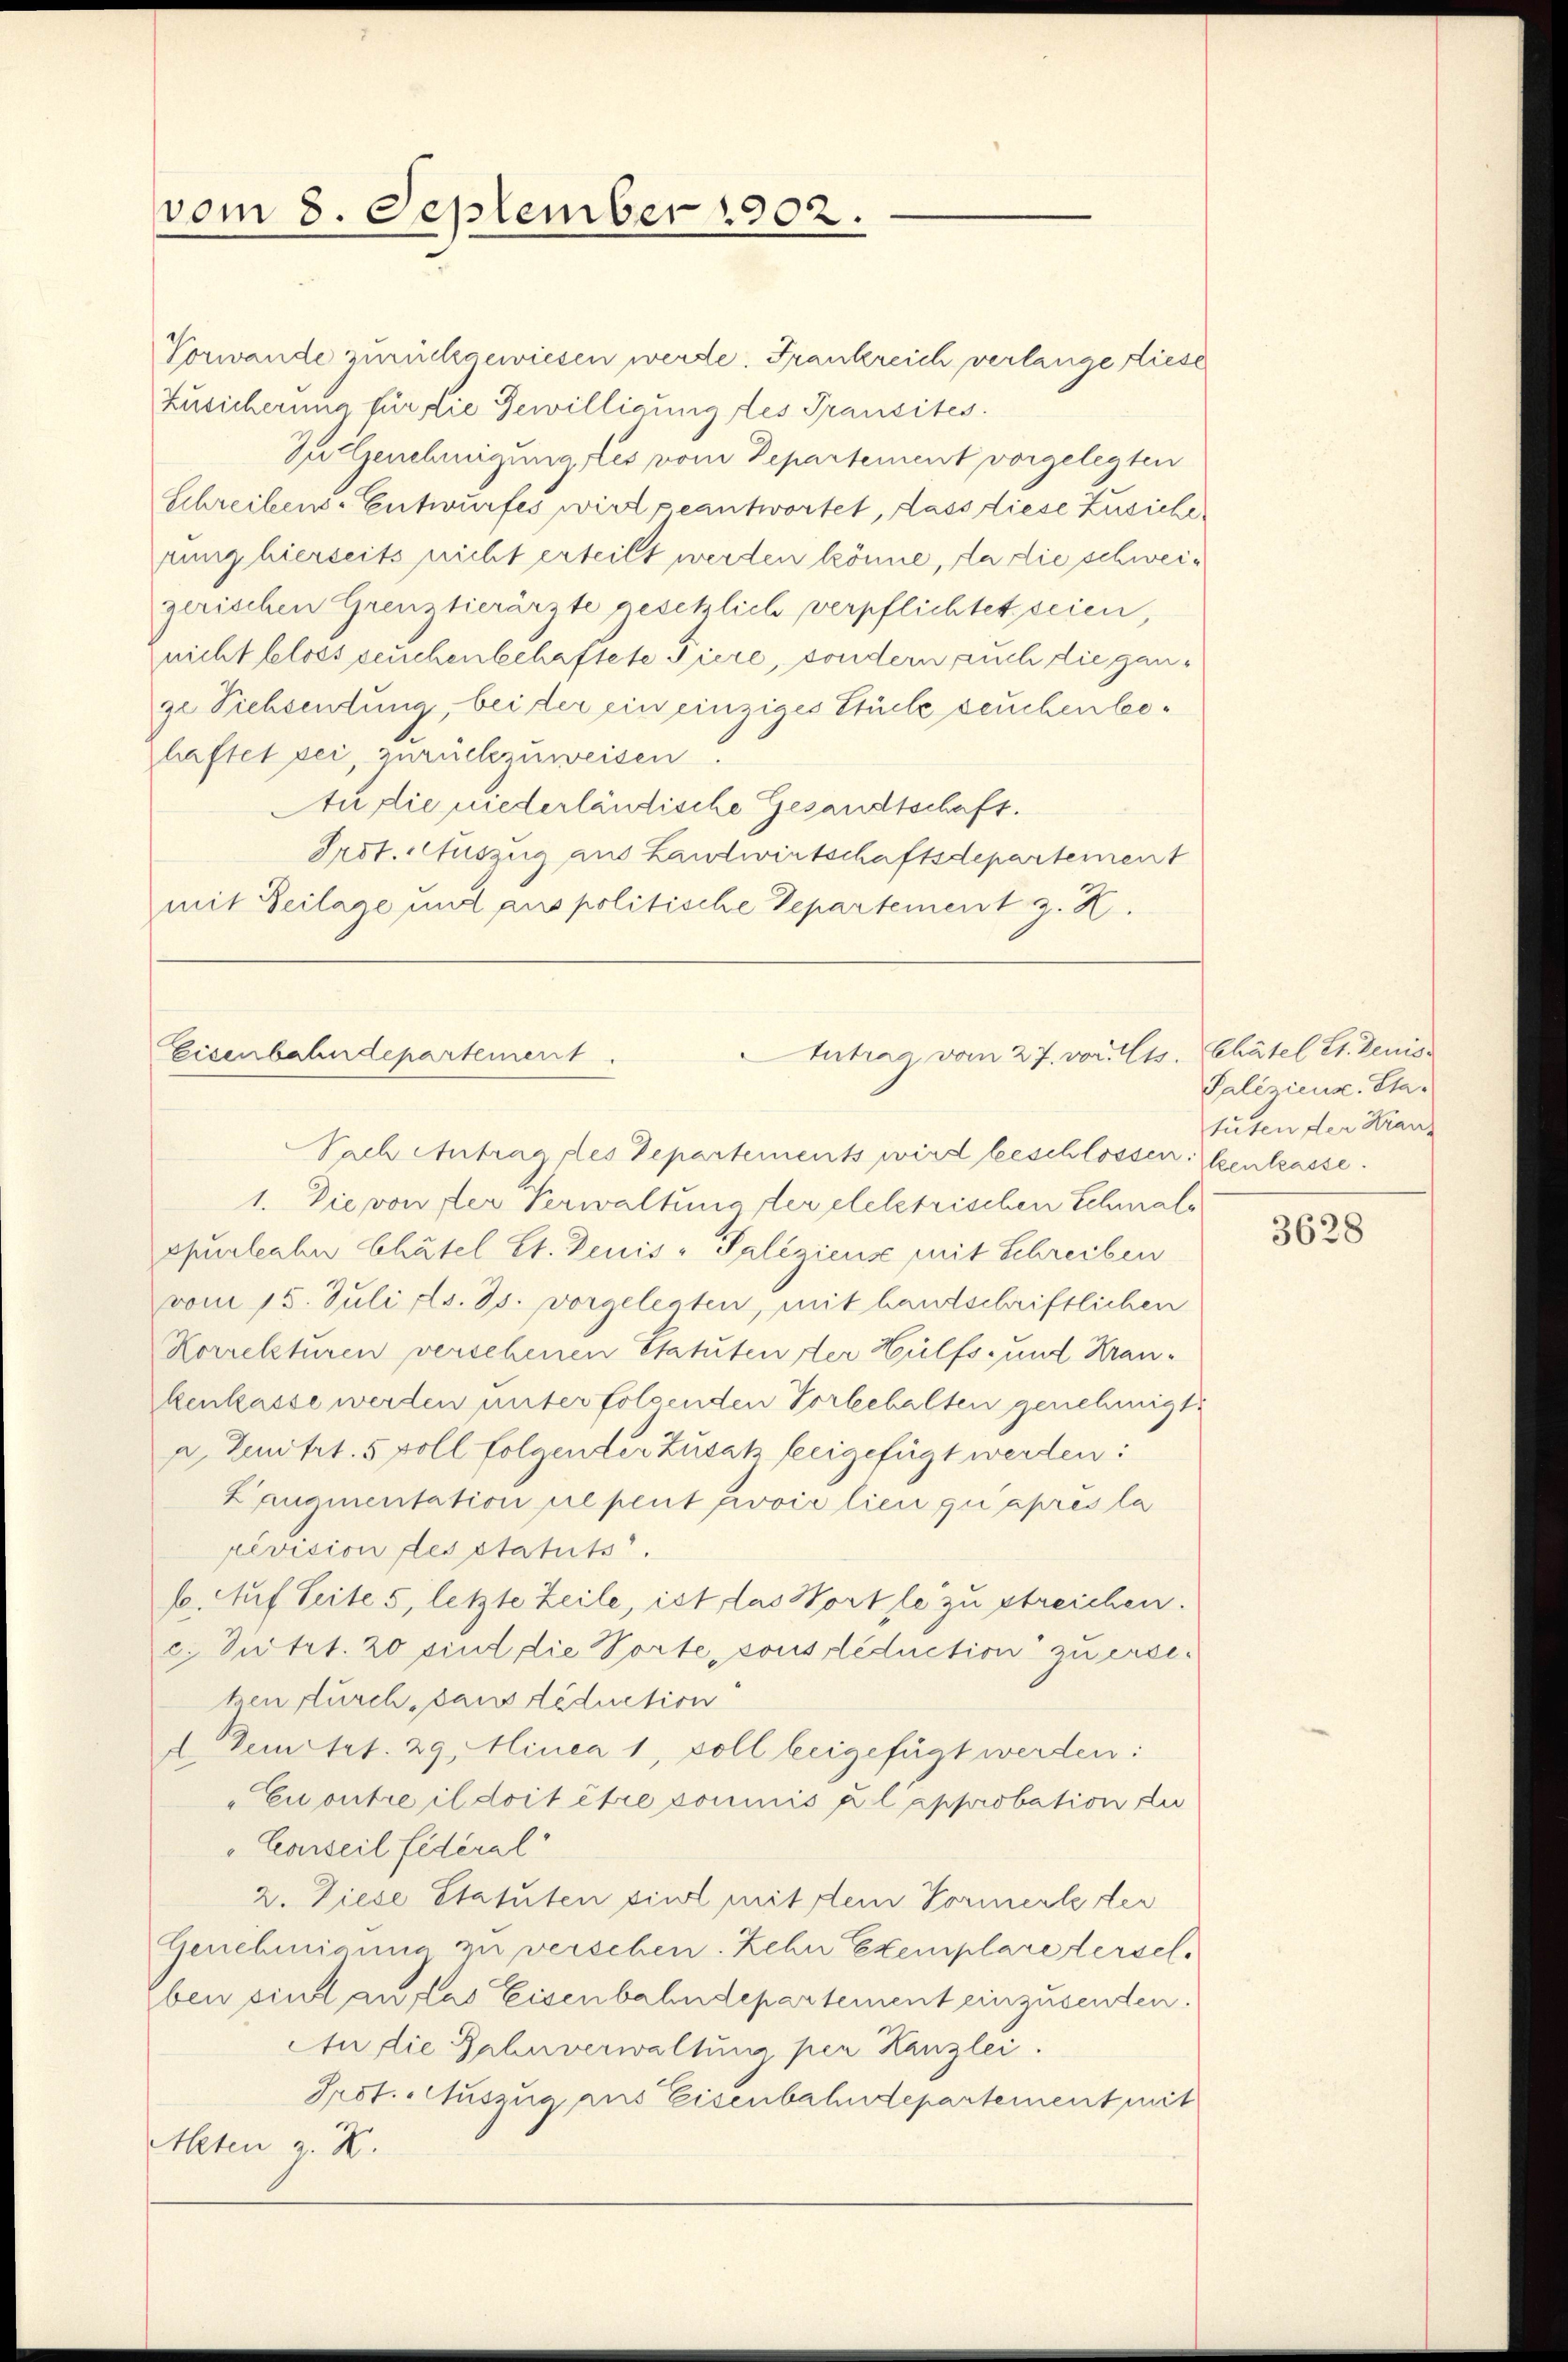
vom 8. September 1902.

Vorwande zurückgewiesen werde. Frankreich verlange diese
Zusicherung für die Gewilligung des Transites.
Zuilzenehmigungs les vom Departement vorgelegten
Schreibens-Entwurfes wirt geantwortet, dass diese Zusiche
rung hierseits nicht erteilt werden könne, da die schweigerischen Grenztierärzte gesetzlich verpflichtet seien,
nicht bloss seuchenbehaftete Tiere, sondern auch die gange Siehseutung, bei der ein einziges Stücke seuchen behaftet sei, zurückzuweisen.
An die niederländische Gesandtschaft.
Prot. Auszug aus Landwirtschaftsdepartement
mit Beilage und aus politische Departement z. K.
Nach Antrag des Departements wird beschlossen. Zentrasse.
1. Die von der Verwaltung der elektrischen Schmals
spurleaber Chätel St. Denis - Poliziens mit Schreiben
vom 15. Juli d. Js. vorgelegten, mit handschriftlichen
Korrekturen verschenen Statuten der Hülfs- und Krankenkasse werden unterfolgenden Vorbehalten genehmigt.
a. Zentrt. 5 voll folgender Zusatz freigefügt werden:
Laugmentation al peut prović lieu qui après la
revision des statuts.
6. Auf Seite 5, letzte Zeile, ist das Hortle zu streichen.
c. Petit. 20 sind die Vorte, sonsdeduction zu erseken furch, sans déduction
d Demetet. 29. Minea 1, soll beigefügt werden:
"Euoutre il doit être cominis u l’approbation du
"Conseil fédéral
2. Diese Statuten viel mit dem Vormerke der
Genehmigung zu verschen. Zehn Exemplare dersel¬
Eben sind an das Eisenbahndepartement einzusenden.
An die Zahnverwaltung per Kanzlei.
Prof. Auszug aus Eisenbahndepartement mit
Alten u. X.

Eisenbahndepartement.

Antrag vom 27. vor. Cts. Chätel St. Deniss

Paliziens. Statuten der Kranz

3628